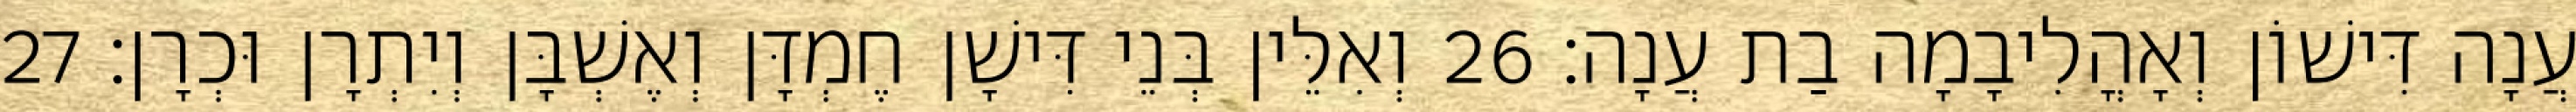
עֲנָה דִּישׁוֹן וְאָהֳלִיבָמָה בַת עֲנָה׃ 26 וְאִלֵּין בְּנֵי דִּישָׁן חֶמְדָּן וְאֶשְׁבָּן וְיִתְרָן וּכְרָן׃ 27